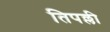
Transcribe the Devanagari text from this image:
तिपल्ली